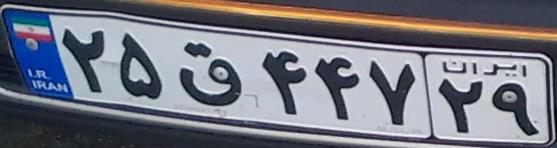
۲۵ق۴۴۷۲۹